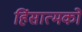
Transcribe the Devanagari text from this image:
हिंसात्मकों